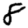
Digit: 8